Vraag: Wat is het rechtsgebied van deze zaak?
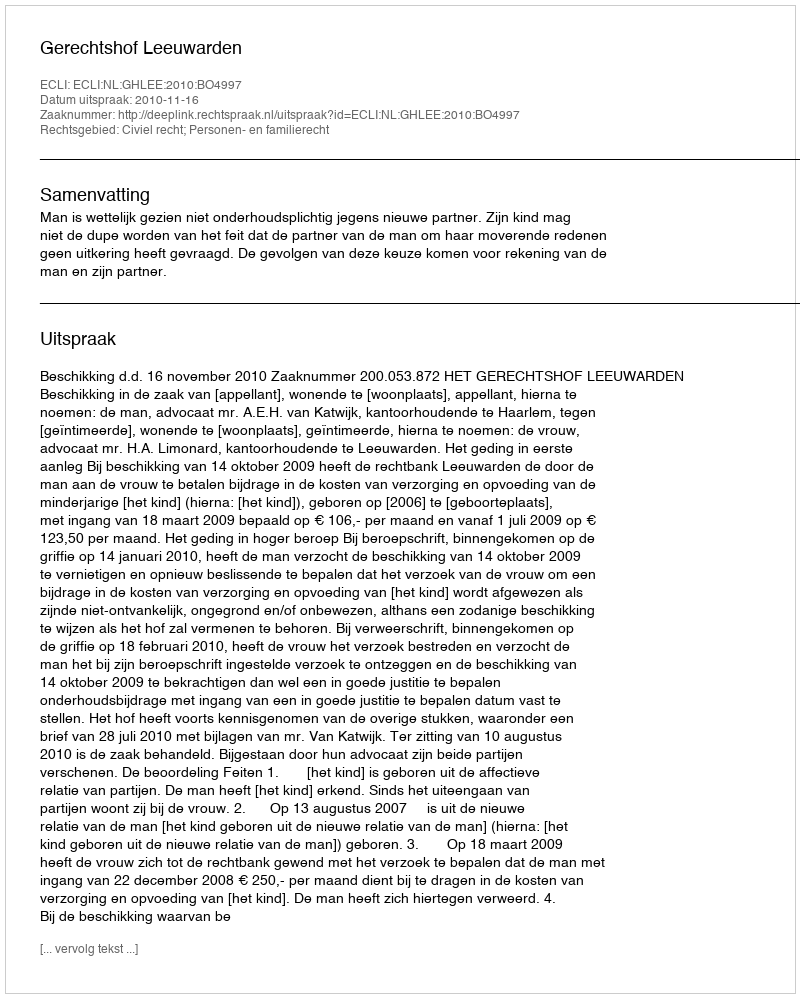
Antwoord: Civiel recht; Personen- en familierecht